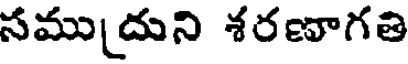
సము[దుని శరణాగతి